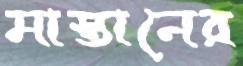
মাস্তানের